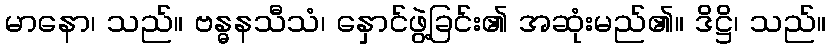
မာနော၊ သည်။ ဗန္ဓနသီသံ၊ နှောင်ဖွဲ့ခြင်း၏ အဆုံးမည်၏။ ဒိဋ္ဌိ၊ သည်။